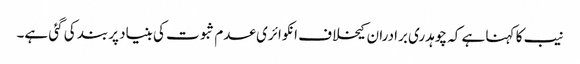
نیب کا کہنا ہے کہ چوہدری برادران کیخلاف انکوائری عدم ثبوت کی بنیاد پربند کی گئی ہے۔